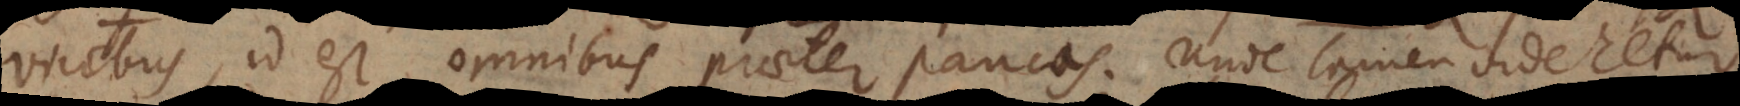
vicibus, id est omnibus praeter paucas. Unde tamen videretur